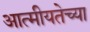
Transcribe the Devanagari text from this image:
आत्मीयतेच्या